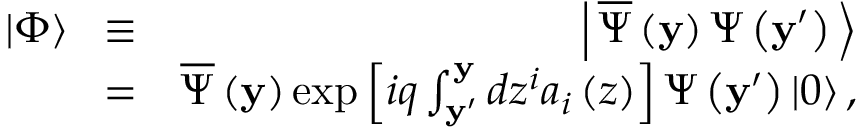
\begin{array} { r l r } { \left| \Phi \right\rangle \! } & { \equiv } & { \! \left| \, { \overline { { \Psi } } \left( { \bf y } \right) \Psi \left( { { { \bf y } ^ { \prime } } } \right) } \, \right\rangle } \\ & { = } & { \overline { { \Psi } } \left( { \bf y } \right) \exp \left[ { i q \int _ { { { \bf y } ^ { \prime } } } ^ { \bf y } { d { z ^ { i } } { a _ { i } } \left( z \right) } } \right] \Psi \left( { { { \bf y } ^ { \prime } } } \right) \left| 0 \right\rangle , } \end{array}